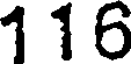
116